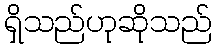
ရှိသည်ဟုဆိုသည်